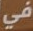
في